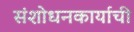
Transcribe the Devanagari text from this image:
संशोधनकार्याची